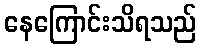
နေကြောင်းသိရသည်